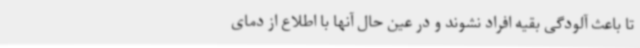
تا باعث آلودگی بقیه افراد نشوند و در عین حال آنها با اطلاع از دمای